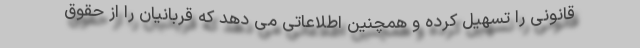
قانونی را تسهیل کرده و همچنین اطلاعاتی می دهد که قربانیان را از حقوق